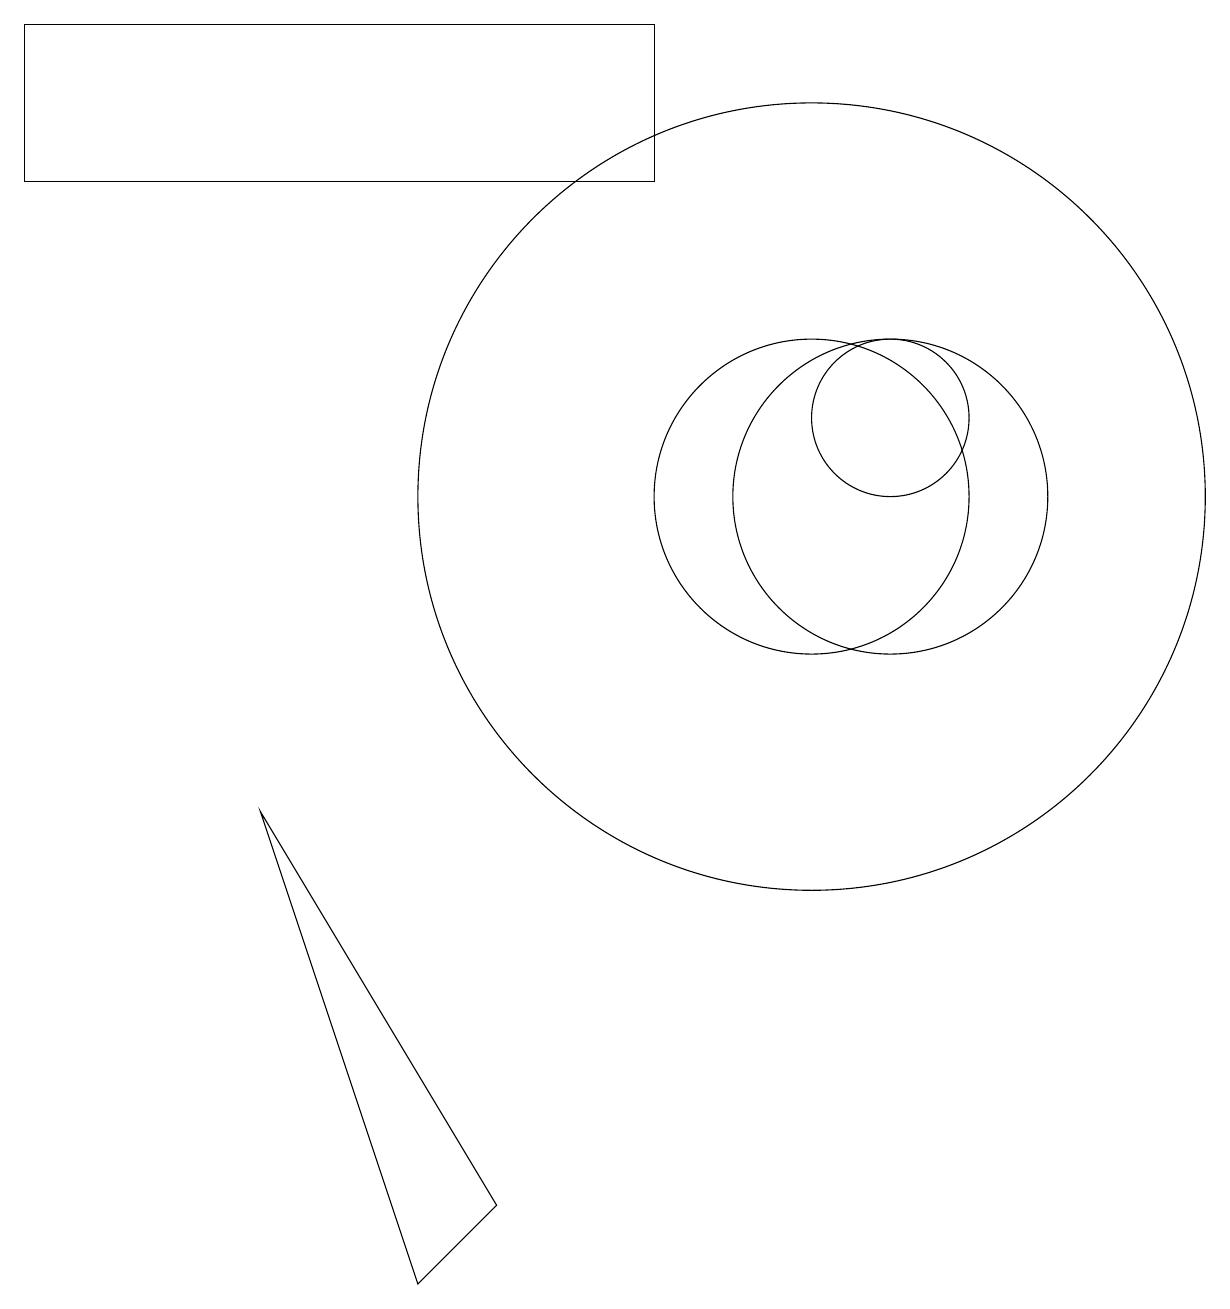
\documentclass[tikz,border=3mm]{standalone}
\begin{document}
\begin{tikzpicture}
\draw (5,1) -- (6,2) -- (3,7) -- cycle;
\draw (8,17) rectangle (0,15);
\draw (10,11) circle (5);
\draw (11,12) circle (1);
\draw (10,11) circle (2);
\draw (11,11) circle (2);
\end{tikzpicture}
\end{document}